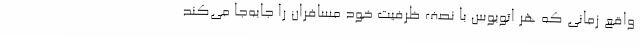
واقع زمانی که هر اتوبوس با نصف ظرفیت خود مسافران را جابه‌جا می‌کند